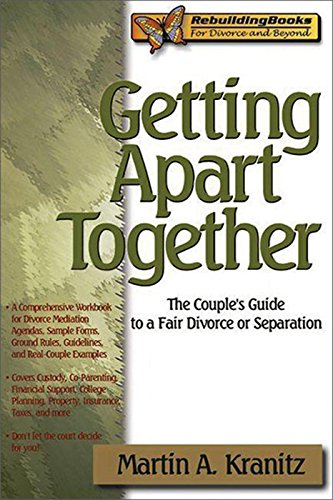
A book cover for Getting Apart Together: The Couple's Guide to a Fair Divorce or Separation (Rebuilding Books); Martin A. Kranitz; Law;